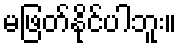
မဖြတ်နိုင်ပါဘူး။